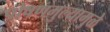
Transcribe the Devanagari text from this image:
पोषणमुल्यामुळे